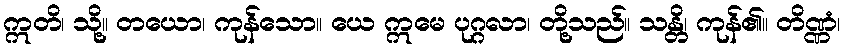
ဣတိ၊ သို့။ တယော၊ ကုန်သော။ ယေ ဣမေ ပုဂ္ဂလာ၊ တို့သည်။ သန္တိ၊ ကုန်၏။ တိဏ္ဏံ၊